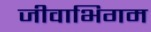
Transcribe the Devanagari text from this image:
जीवाभिगम